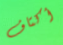
أكتاف